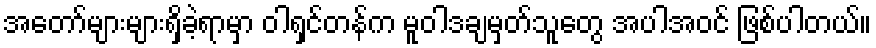
အတော်များများရှိခဲ့ရာမှာ ဝါရှင်တန်က မူဝါဒချမှတ်သူတွေ အပါအဝင် ဖြစ်ပါတယ်။